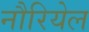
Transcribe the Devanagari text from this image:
नौरियेल